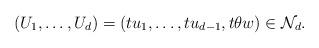
LaTeX: \begin{align*} (U_1,\ldots ,U_d)=(tu_1,\ldots, tu_{d-1},t\theta w)\in\mathcal{N}_d.\end{align*}